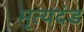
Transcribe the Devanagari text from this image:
मृत्यदंड